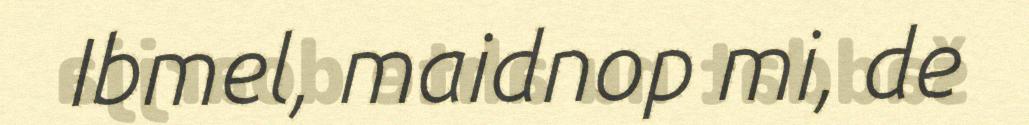
Ibmel, maidnop mi, de